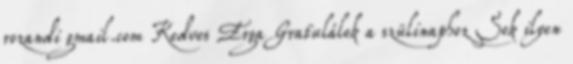
rozandi gmail.com Kedves Erga Gratulálok a szülinaphoz Sok ilyen